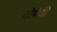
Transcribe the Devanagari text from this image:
दोमंदी